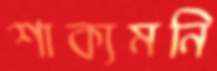
শাক্যমনি